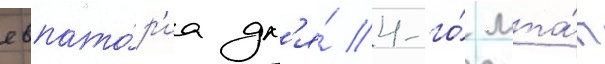
евпато́р'иа дл'я́ 4-го́ мта́п